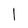
Character: l